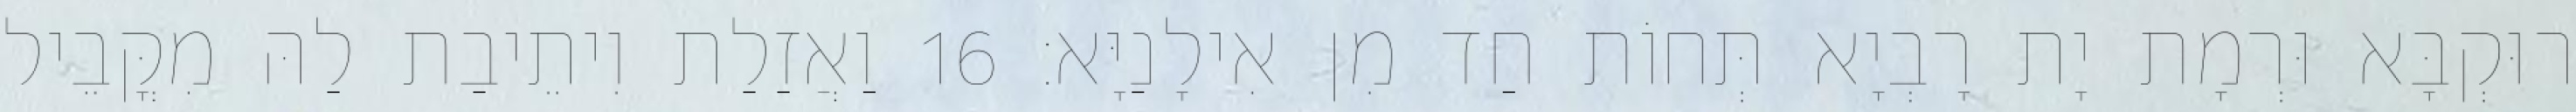
רוּקְבָּא וּרְמָת יָת רָבְיָא תְּחוֹת חַד מִן אִילָנַיָּא׃ 16 וַאֲזַלַת וִיתֵיבַת לַהּ מִקֳּבֵיל